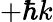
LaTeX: +\hbar k